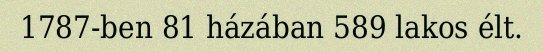
1787-ben 81 házában 589 lakos élt.